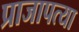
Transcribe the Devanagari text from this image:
प्राजापत्या